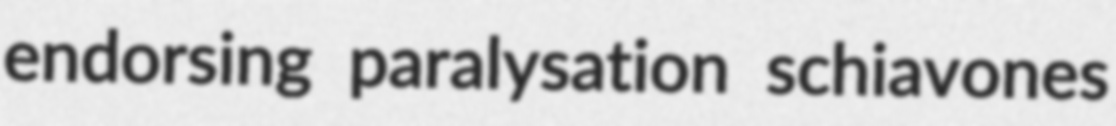
endorsing paralysation schiavones